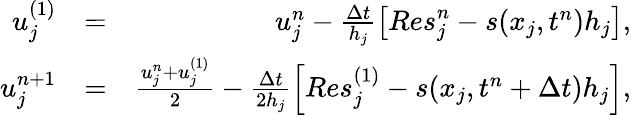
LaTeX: \begin{array}{rlr}{u_{j}^{(1)}}&{=}&{u_{j}^{n}-\frac{\Delta t}{h_{j}}\left[{Res}_{j}^{n}-s(x_{j},t^{n})h_{j}\right],}\\ {u_{j}^{n+1}}&{=}&{\frac{u_{j}^{n}+u_{j}^{(1)}}{2}-\frac{\Delta t}{2h_{j}}\left[{Res}_{j}^{(1)}-s(x_{j},t^{n}+\Delta t)h_{j}\right],}\end{array}